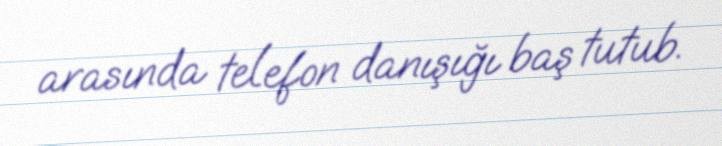
arasında telefon danışığı baş tutub.